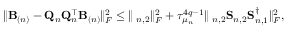
\begin{array} { r } { \| \mathbf { B } _ { ( n ) } - \mathbf { Q } _ { n } \mathbf { Q } _ { n } ^ { \top } \mathbf { B } _ { ( n ) } \| _ { F } ^ { 2 } \leq \| { \bf \Sigma } _ { n , 2 } \| _ { F } ^ { 2 } + \tau _ { \mu _ { n } } ^ { 4 q - 1 } \| { \bf \Sigma } _ { n , 2 } { \bf S } _ { n , 2 } { \bf S } _ { n , 1 } ^ { \dag } \| _ { F } ^ { 2 } , } \end{array}